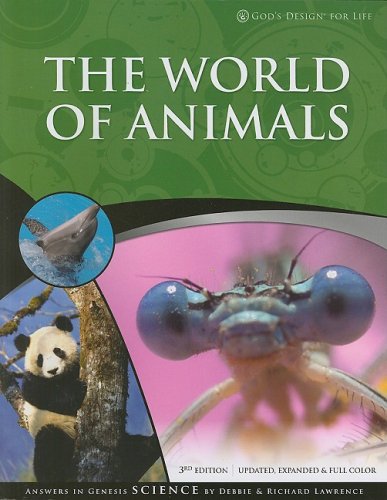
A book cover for The World of Animals (God's Design for Life); Debbie Lawrence; Christian Books & Bibles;